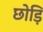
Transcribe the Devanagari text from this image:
छोड़ि